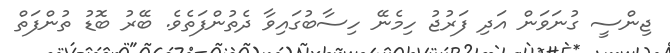
ޖިންސީ ގުނަވަން އަދި ފަރުޖު ހިމެނޭ ހިސާބުގައިވާ ދެތުންފަތެވެ. ބޭރު ބޮޑު ތުންފަތް